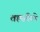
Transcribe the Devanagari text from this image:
तह्सीले